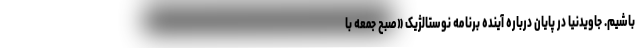
باشیم. جاویدنیا در پایان درباره آینده برنامه نوستالژیک «صبح جمعه با